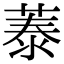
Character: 𦴼